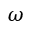
\omega